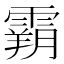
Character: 𩄤